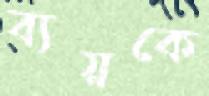
ব্যয়কে